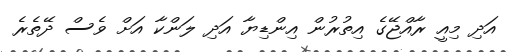
އަދި މިއީ ރާއްޖޭގެ އިތުރުން އިންޑިޔާ އަދި ލަންކާ އަށް ވެސް ދޭތެރެ